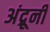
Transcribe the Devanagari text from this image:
अंद्रूनी